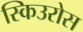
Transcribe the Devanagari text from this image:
स्किउरोस